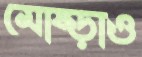
মোষ্‌ড়াও